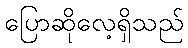
ပြောဆိုလေ့ရှိသည်